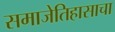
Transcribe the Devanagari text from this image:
समाजेतिहासाचा